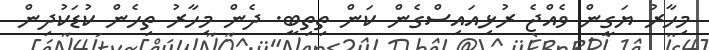
މިހާރު ޔަގީން ވެއްޖެ ރުޅިއައިސްގެން ކަން ތިތިބީ. ދެން މިހާރު ތިހެން ކުޑަކުދިން